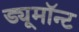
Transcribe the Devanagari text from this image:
ड्यूमॉन्ट